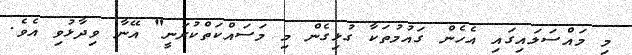
މި މައްސަލައިގައި އެހެން ގައުމުތަކާ ގުޅިގެން މި މަސައްކަތްކުރަނީ" އޭނާ ވިދާޅުވި އެވެ.